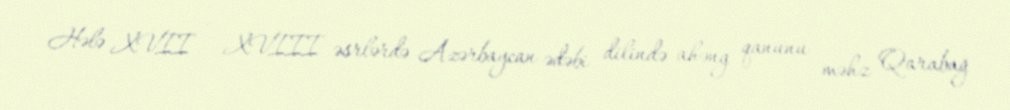
Hələ XVII – XVIII əsrlərdə Azərbaycan ədəbi dilində ahəng qanunu məhz Qarabağ